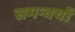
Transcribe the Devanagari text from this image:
समन्वयों